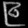
Digit: ၉